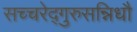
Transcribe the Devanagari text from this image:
सच्चरेद्गुरुसन्निधौ